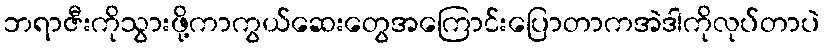
ဘရာဇီးကိုသွားဖို့ကာကွယ်ဆေးတွေအကြောင်းပြောတာကအဲဒါကိုလုပ်တာပဲ